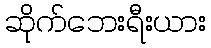
ဆိုက်ဘေးရီးယား